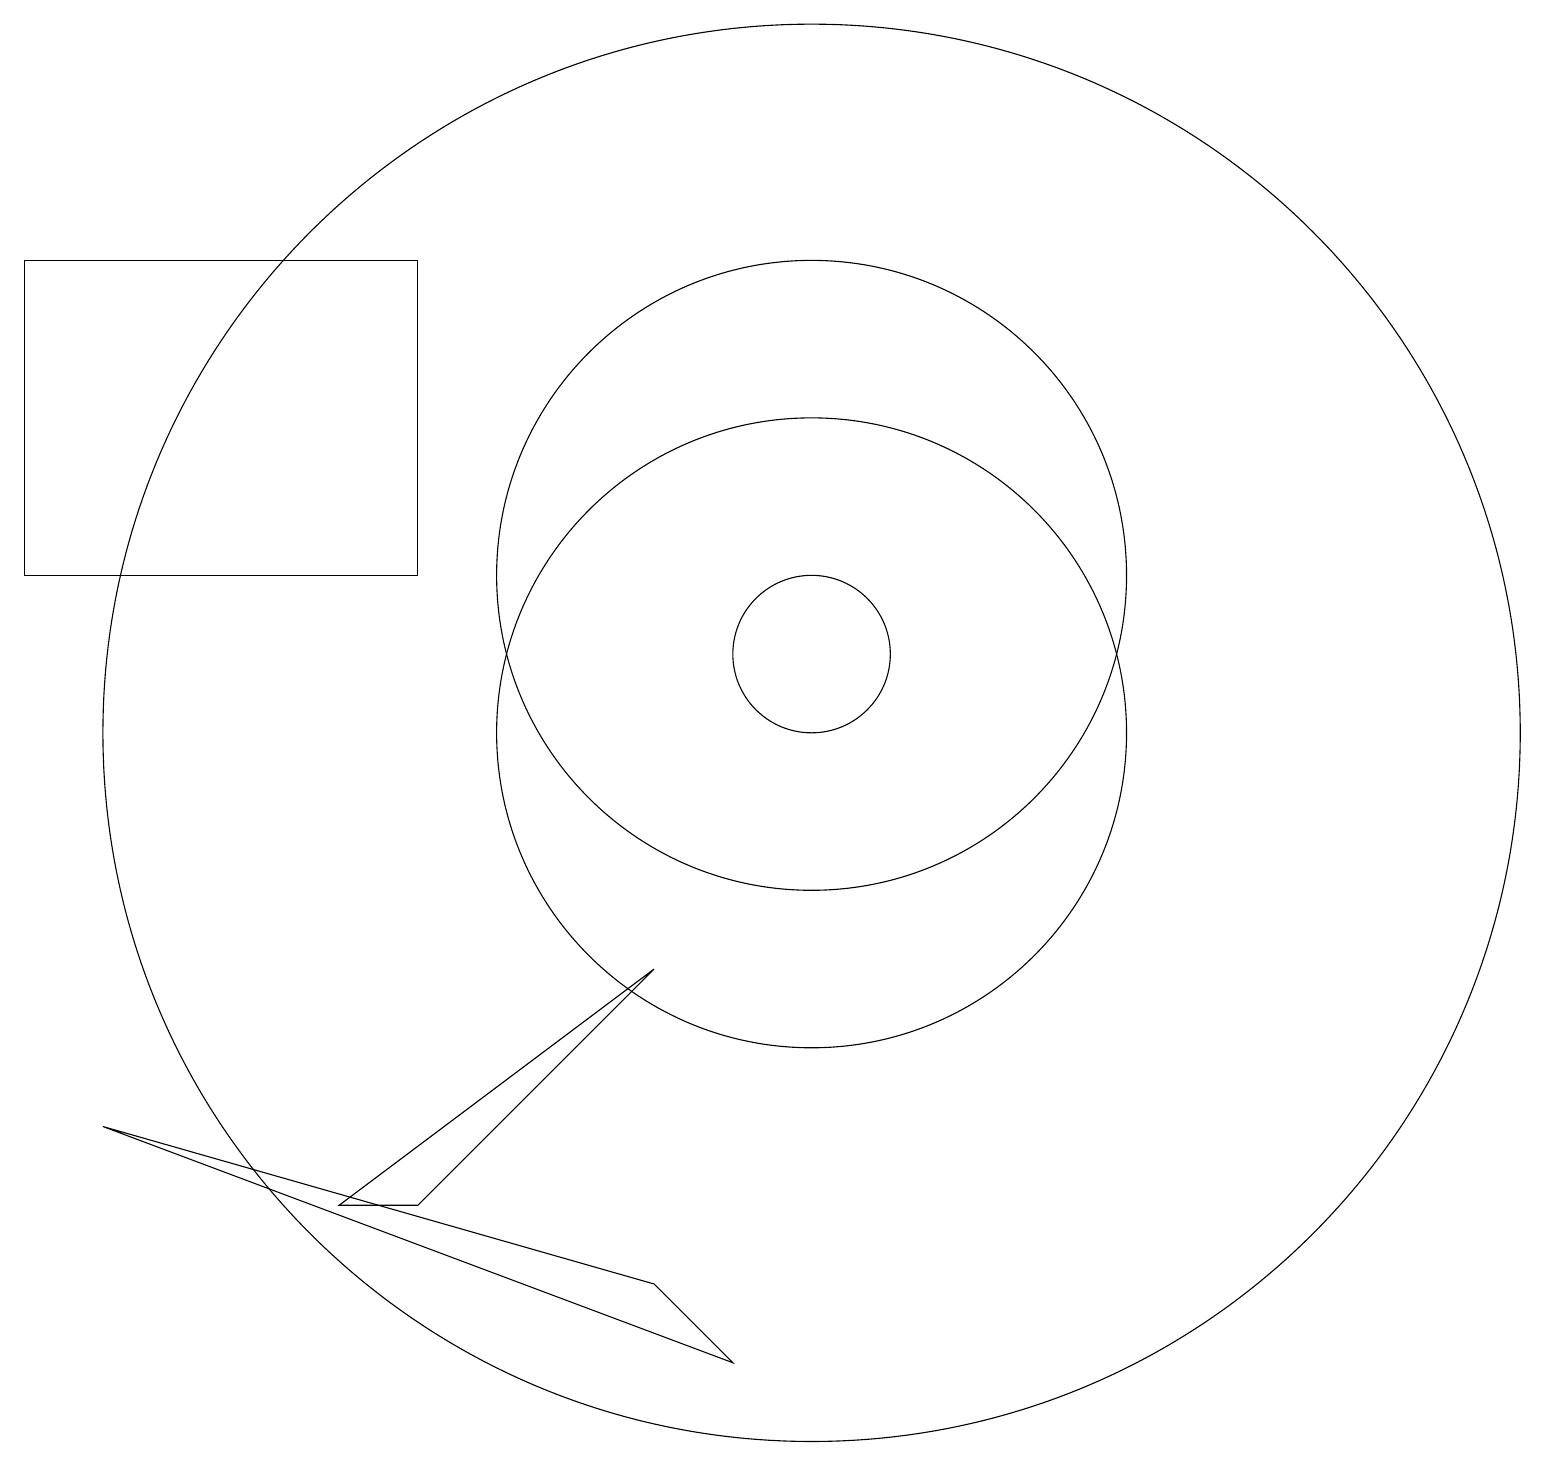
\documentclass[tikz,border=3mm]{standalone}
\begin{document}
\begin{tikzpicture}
\draw (10,12) circle (4);
\draw (9,2) -- (1,5) -- (8,3) -- cycle;
\draw (5,16) rectangle (0,12);
\draw (5,4) -- (4,4) -- (8,7) -- cycle;
\draw (10,10) circle (4);
\draw (10,10) circle (9);
\draw (10,11) circle (1);
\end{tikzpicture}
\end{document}